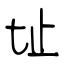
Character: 址